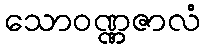
သောဝဏ္ဏဇာလံ